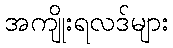
အကျိုးရလဒ်များ